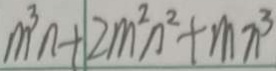
m ^ { 3 } n + 2 m ^ { 2 } n ^ { 2 } + m n ^ { 3 }